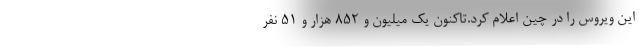
این ویروس را در چین اعلام کرد.تاکنون یک میلیون و ۸۵۲ هزار و ۵۱ نفر